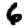
Digit: 6